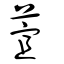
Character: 萓